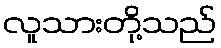
လူသားတို့သည်